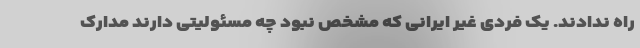
راه ندادند. یک فردی غیر ایرانی که مشخص نبود چه مسئولیتی دارند مدارک